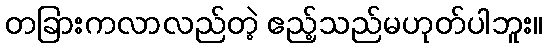
တခြားကလာလည်တဲ့ ဧည့်သည်မဟုတ်ပါဘူး။